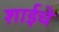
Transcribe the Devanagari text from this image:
शाईचे